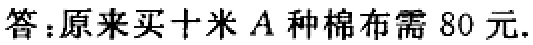
答：原来买十米\(A\)种棉布需\(80\)元.